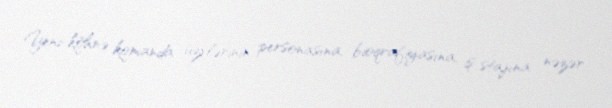
Yeni-köhnə komanda üzvlərinin personasına, bioqrafiyasına, iş stajına nəzər